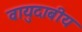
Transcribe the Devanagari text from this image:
वायुदाबीय